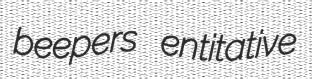
beepers entitative